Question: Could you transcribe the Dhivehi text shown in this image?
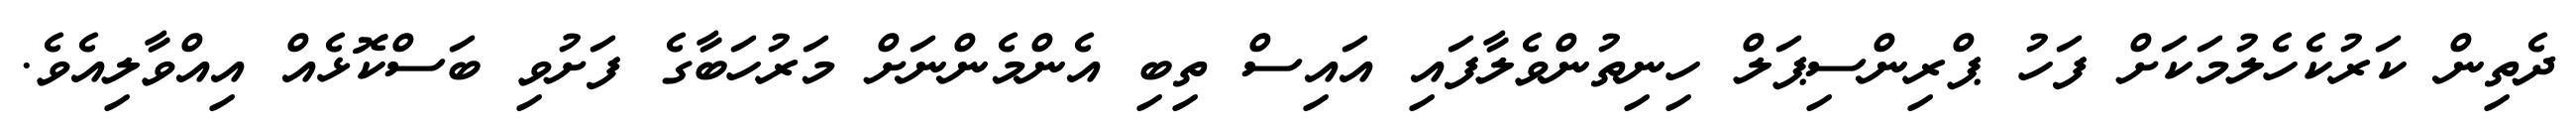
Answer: ދެތިން ކަރުކެހެލުމަކަށް ފަހު ޕްރިންސިޕަލް ހިނިތުންވެލާފައި އައިސް ތިބި އެންމެންނަށް މަރުހަބާގެ ފަށުވި ބަސްކޮޅެއް އިއްވާލިއެވެ.